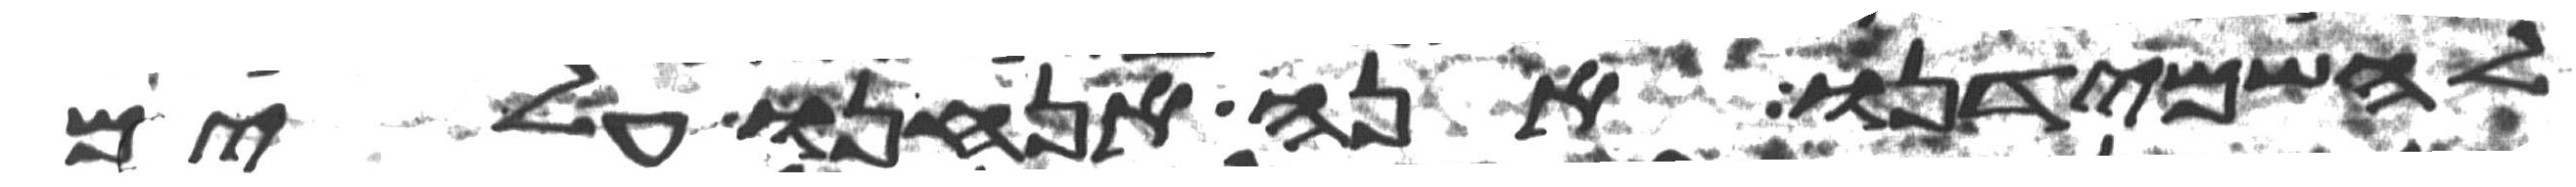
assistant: להשמידנו אנה אנחנו עלים